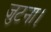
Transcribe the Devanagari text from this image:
जुटना।